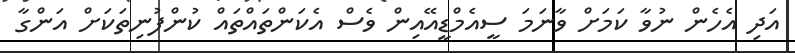
އަދި އެހެން ނުވާ ކަމަށް ވާނަމަ ސީއެމްޑީއޭއިން ވެސް އެކަންތައްތައް ކުންފުނިތަކަށް އަންގާ